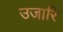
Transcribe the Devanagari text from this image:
उजारि